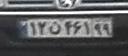
۱۳ن۴۶۱۹۹